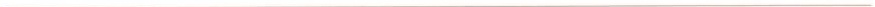
___